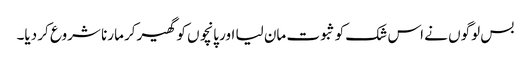
بس لوگوں نے اس شک کو ثبوت مان لیا اور پانچوں کو گھیر‌کر مارنا شروع کر دیا۔